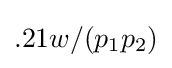
.21w/(p_{1}p_{2})